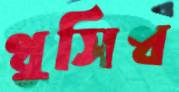
থুসিথ